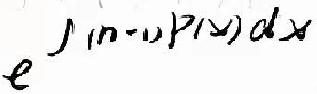
$e^{\int (n - 1)P(x)dx}$